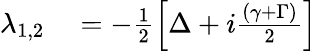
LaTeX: \begin{array}{rl}{\lambda_{1,2}}&{{}=-\frac{1}{2}\left[\Delta+i\frac{\left(\gamma+\Gamma\right)}{2}\right]}\end{array}